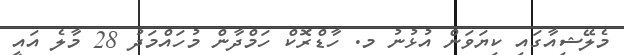
މެލޭޝިއާގައި ކިޔަވަން އުޅުނު މ. ހާޑްރޮކް ހަމްދާން މުހައްމަދު 28 މާލެ އައީ